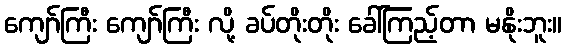
ကျော်ကြီး ကျော်ကြီး လို့ ခပ်တိုးတိုး ခေါ်ကြည့်တာ မနိုးဘူး။